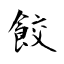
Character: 餃